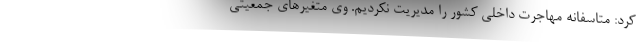
کرد: متاسفانه مهاجرت داخلی کشور را مدیریت نکردیم. وی متغیرهای جمعیتی